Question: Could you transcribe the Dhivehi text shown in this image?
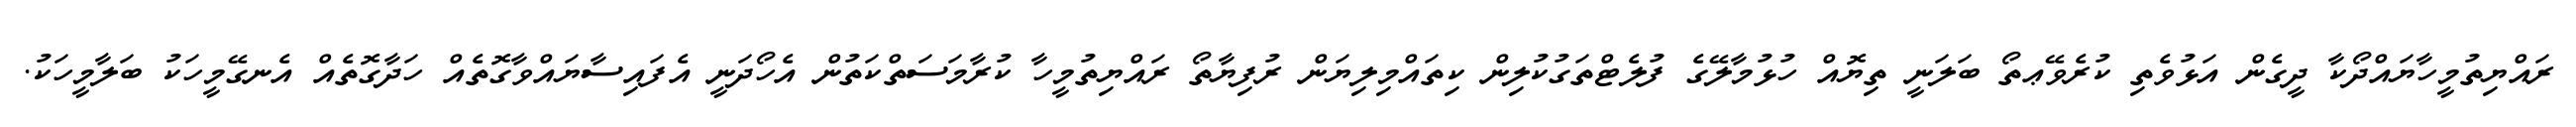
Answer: ރައްޔިތުމީހާޔައްދޯކާ ދީގެން އަޅުވެތި ކުރެވޭޢތޯ ބަލަނީ ތިޔޮއް ހުޅުމާލޭގެ ފުލެޓްތަގުކުލިން ކިތައްމިލިޔަން ރުފިޔާތޯ ރައްޔިތުމީހާ ކުރާމަސަތްކަތުން އެހޯދަނީ އެފައިސާޔައްވާގޮތެއް ހަދާގޮތެއް އެނގޭމީހަކު ބަލާމީހަކު.